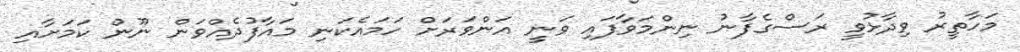
މަހާތީރު ވިދާޅުވީ ރަސްގެފާނު ނިންމަވާފައި ވަނީ އަންވަރަށް ހަމައެކަނި މައާފުދެއްވަން ނޫން ކަމަށާއި